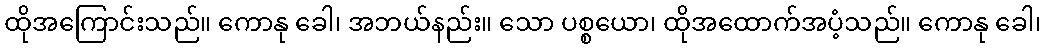
ထိုအကြောင်းသည်။ ကောနု ခေါ၊ အဘယ်နည်း။ သော ပစ္စယော၊ ထိုအထောက်အပံ့သည်။ ကောနု ခေါ၊